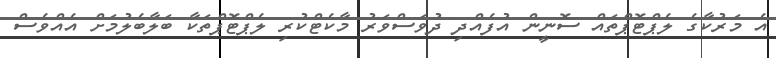
އެ މަރުކާގެ ލެޕްޓޮޕްތައް ސޮނީން އުފެއްދި ދުވަސްވަރު މާކެޓްކުރި ލެޕްޓޮޕްތަކާ ބަލާބެލުމަށް އެއްވެސް